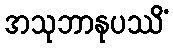
အသုဘာနုပဿိံ